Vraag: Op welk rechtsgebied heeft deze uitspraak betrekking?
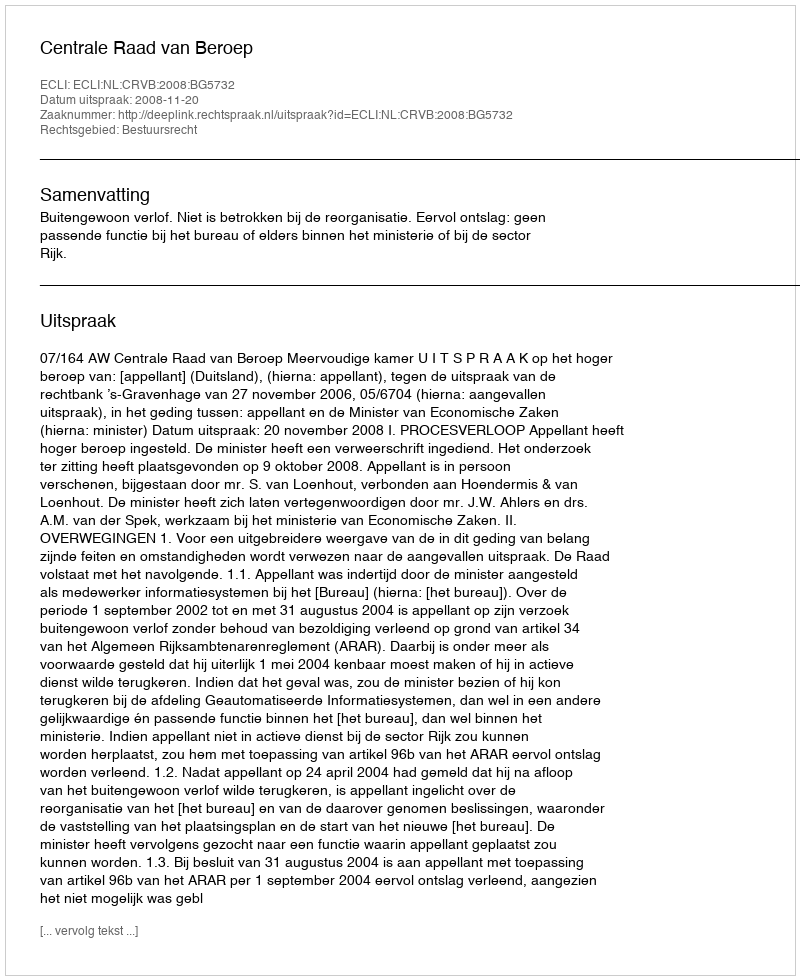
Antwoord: Bestuursrecht